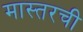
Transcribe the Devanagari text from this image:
मास्तरची